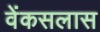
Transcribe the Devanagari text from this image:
वेंकसलास